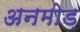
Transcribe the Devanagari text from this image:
अनमोड़